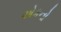
એકનો